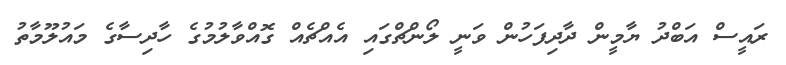
ރައީސް އަބްދު ޔާމީން ދާދިފަހުން ވަނީ ލޯންޗްގައި އެއްޗެއް ގޮއްވާލުމުގެ ހާދިސާގެ މައުލޫމާތު